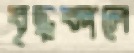
বৃদ্ধকালে